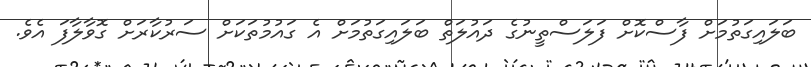
ބަލައިގަތުމަށް ފާސްކޮށް ފަލަސްތީނުގެ ދައުލަތް ބަލައިގަތުމަށް އެ ގައުމުތަކަށް ސަރުކާރަށް ގޮވާލާފަ އެވެ.